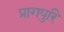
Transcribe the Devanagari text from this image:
प्रागपुरि